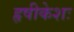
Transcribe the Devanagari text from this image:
हृषीकेशः